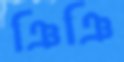
ঞিঞি